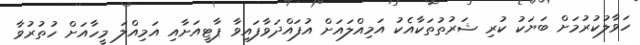
ހަވާލުކުރުމަށް ބަޔަކު ކުރި ޝަރުތުތަކާއެކު އަމިއްލައަށް އުފައްދަވާފައިވާ ޕާޓީއަށާއި އަމިއްލަ މީހާއަށް ހުތުރުވާ